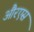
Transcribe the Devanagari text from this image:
औरएस